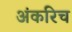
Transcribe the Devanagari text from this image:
अंकरिच